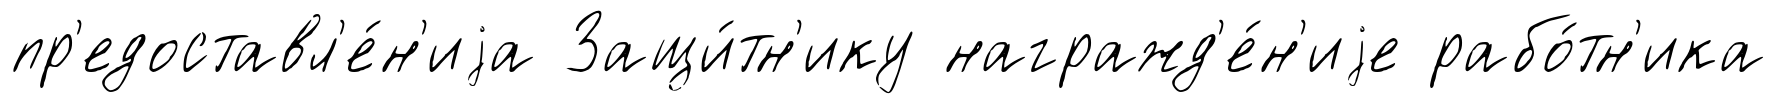
пр'едоставл'е́н'иjа Защи́тн'ику награжд'е́н'иjе рабо́тн'ика